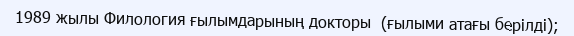
1989 жылы Филология ғылымдарының докторы  (ғылыми атағы берілді);